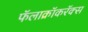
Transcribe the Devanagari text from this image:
फॅलाक्रॉकरॅक्स